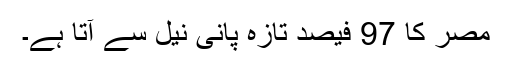
مصر کا 97 فیصد تازہ پانی نیل سے آتا ہے۔